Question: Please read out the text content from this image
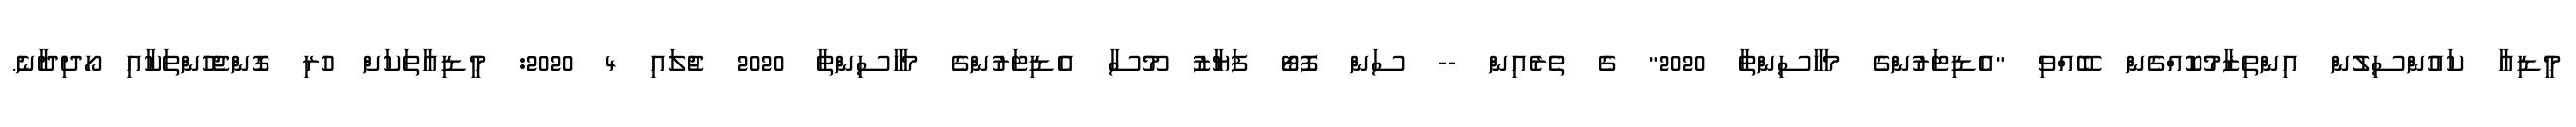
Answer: މީޑިއާ ކައުންސިލުން އިންތިޒާމުކޮއްގެން ބޭއްވި "އެޑިޓަރުންގެ މަހާސިންތާ 2020" ގެ ތެރެއިން -- ސަން ފޮޓޯ ފަޔާޒު މޫސާ އެޑިޓަރުންގެ މަހާސިންތާ 2020 ޖުލައި 4 2020: މީޑިއާތަކަށް ހުރި ގޮންޖެހުންތަކާއި ހޯދިދާނެ.